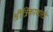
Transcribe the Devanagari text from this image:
श्रीत्रिकाशास्त्रे